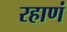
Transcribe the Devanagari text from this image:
रहाणं